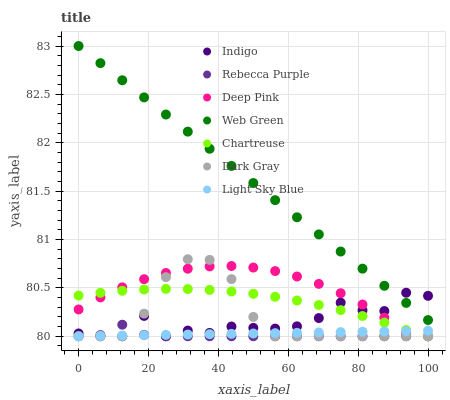
| xaxis_label | Indigo | Rebecca Purple | Deep Pink | Web Green | Chartreuse | Dark Gray | Light Sky Blue |
 | --- | --- | --- | --- | --- | --- | --- | --- |
 | 0 | 80 | 80 | 80.3 | 83 | 80.4 | 80 | 80 |
 | 6.25 | 80 | 80 | 80.4 | 82.8 | 80.4 | 80 | 80 |
 | 12.5 | 80 | 80.1 | 80.5 | 82.6 | 80.5 | 80 | 80 |
 | 18.8 | 80.2 | 80 | 80.6 | 82.5 | 80.5 | 80.2 | 80 |
 | 25 | 80 | 80 | 80.7 | 82.3 | 80.5 | 80.6 | 80 |
 | 31.2 | 80.1 | 80 | 80.7 | 82.1 | 80.5 | 80.8 | 80 |
 | 37.5 | 80 | 80 | 80.7 | 81.9 | 80.5 | 80.8 | 80 |
 | 43.8 | 80.1 | 80 | 80.7 | 81.8 | 80.5 | 80.6 | 80 |
 | 50 | 80.1 | 80 | 80.7 | 81.6 | 80.4 | 80.2 | 80 |
 | 56.2 | 80.1 | 80 | 80.7 | 81.4 | 80.4 | 80 | 80 |
 | 62.5 | 80.1 | 80 | 80.6 | 81.2 | 80.4 | 80 | 80 |
 | 68.8 | 80.2 | 80 | 80.5 | 81.1 | 80.3 | 80 | 80 |
 | 75 | 80.3 | 80 | 80.4 | 80.9 | 80.3 | 80 | 80 |
 | 81.2 | 80.3 | 80 | 80.3 | 80.7 | 80.2 | 80 | 80 |
 | 87.5 | 80.3 | 80 | 80.2 | 80.5 | 80.1 | 80 | 80 |
 | 93.8 | 80.5 | 80 | 80 | 80.3 | 80.1 | 80 | 80.1 |
 | 100 | 80.4 | 80 | 80 | 80.2 | 80 | 80 | 80.1 |